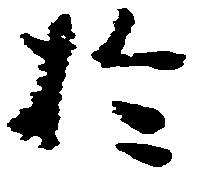
於